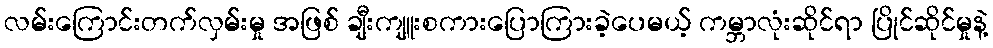
လမ်းကြောင်းတက်လှမ်းမှု အဖြစ် ချီးကျူးစကားပြောကြားခဲ့ပေမယ့် ကမ္ဘာလုံးဆိုင်ရာ ပြိုင်ဆိုင်မှုနဲ့